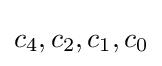
c_{4},c_{2},c_{1},c_{0}